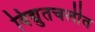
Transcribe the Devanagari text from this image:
विद्युतचलीत